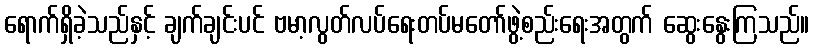
ရောက်ရှိခဲ့သည်နှင့် ချက်ချင်းပင် ဗမာ့လွတ်လပ်ရေးတပ်မတော်ဖွဲ့စည်းရေးအတွက် ဆွေးနွေးကြသည်။